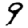
Digit: 9